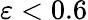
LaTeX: \varepsilon<0.6